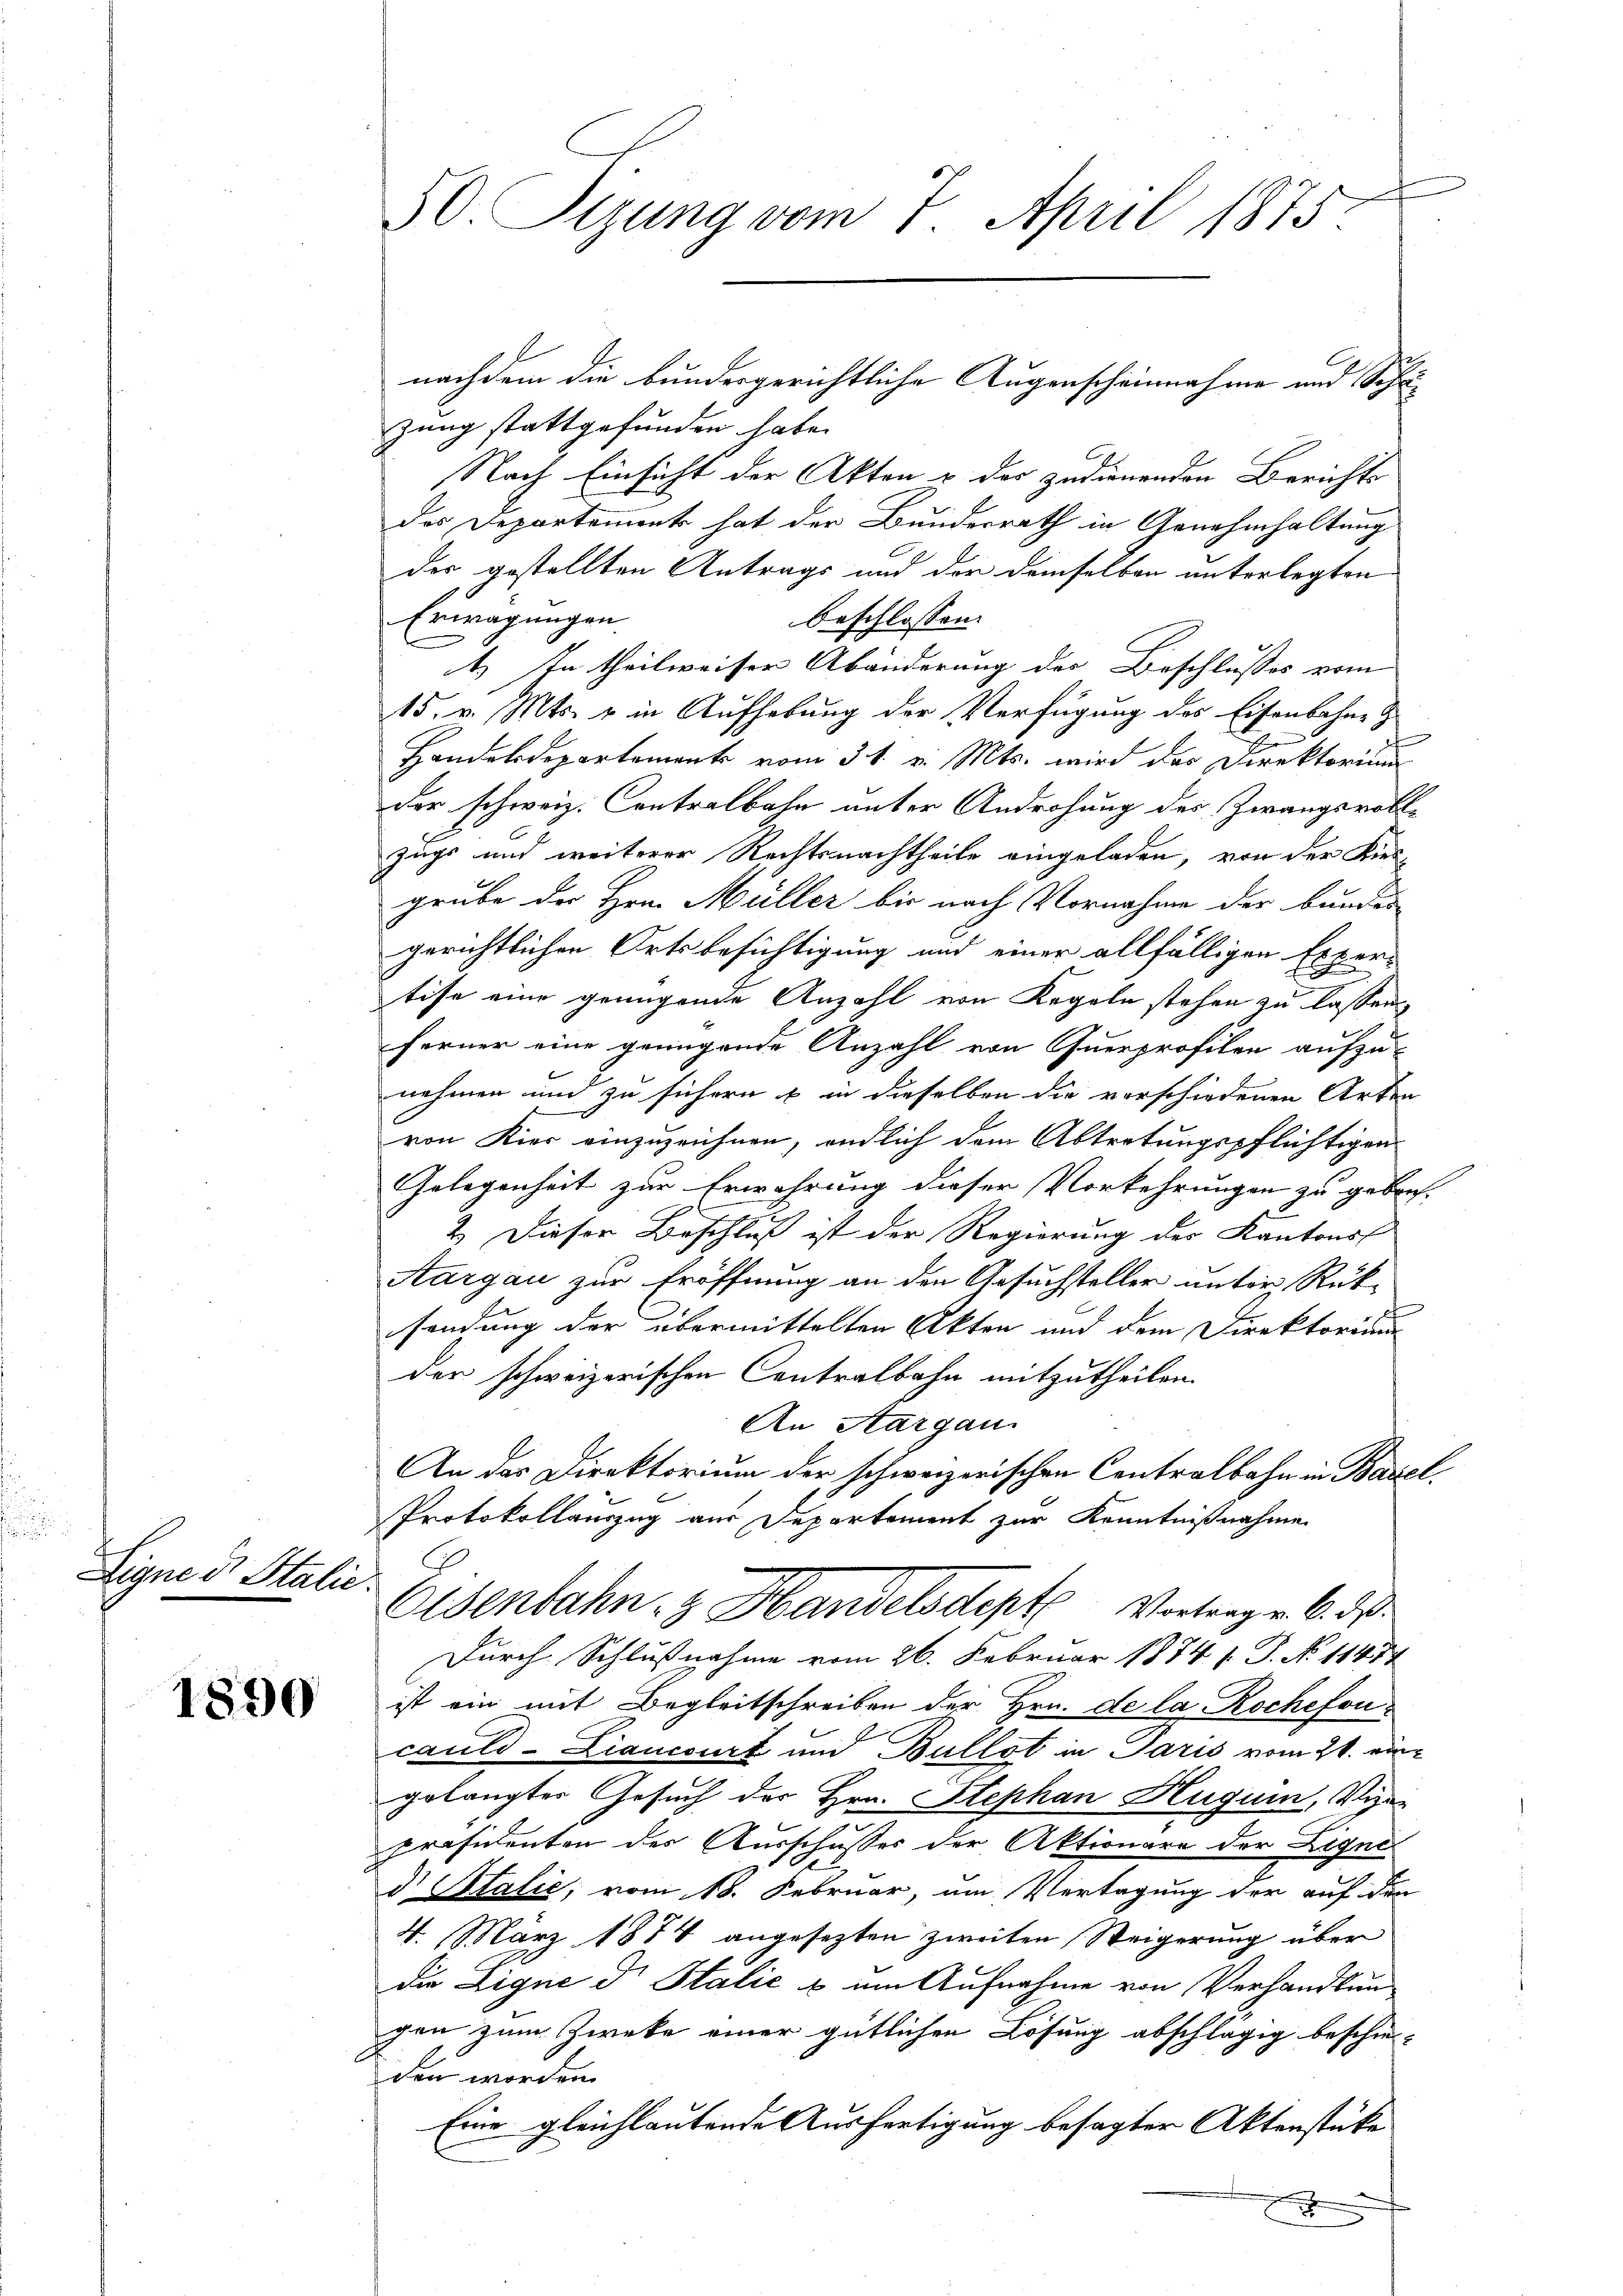
u
Eigne et Stalie.

1890

50. Sizung vom 7. April 1875.

zung stattgefunden habe.
Nach Einsicht der Akten u der zudienenden Berichts
des Departement hat der Bundesrath in Genehmhaltung
der gestellten Antrags und der demselben unterlegten
Erwägungen
beschlossen: |
t) in theilweiser Abänderung der Beschlusses vom
15. v. Mts. u in Aufhebung der Verfügung des Eisenbahne &
d
Handelsdepartement vom 31. v. Mts. wird das Direktorium
der schweiz. Contralbahn unter Androhung der Zwangsvoll-
zugs und weiterer Rechtsnachtheile eingeladen, von der Kiesgrube der Hrn. Müller bis nach Vornahme der Bunder
gerichtlichen Ortsbesichtigung und einer allfälligen Expertise eine grungende Anzahl von Kegeln stehen zu lassen
ferner eine genügende Anzahl von Querprofilen aufzu-
nehmen und zu sichern & in dieselben die verschiedenen Arten
von Kier einzuzeichnen, endlich dem Abtretungspflichtigen
Gelegenheit zur Erwährung dieser Vorkehrungen zu gebrach-
2.) Dieser Beschluß ist der Regierung des Kantons
Aargau zur Eröffnung an den Gesuchsteller unter Rück-
sendung der übermittelten Akten und dem Direktorium
der schweizerischen Contralbahn mitzutheilen.
An Aargau.
An das Direktorium der schweizerischen Contralbahn in Basel
Protokollauszug aus Departement zur Kenntnißnahme
Eisenbahn- & Handelsdept Vortrag v. 6. d.
Durch Schlußnahme vom 26. Februar 1874 s. S. No 11474
ist ein mit Begleitschreiben der Hrn. de la Rochefoncauld-Liancourt und Bullot in Paris vom 21. eingelangter Gesuch der Hrn. Stephan Hugum, Vize-
präsidenten des Ausschusses der Aktionare der Liquid Italić, vom 18. Februar, um Vertagung der auf der
4. März 1874 angesezten zweiten Weigerung über
die Eigne d. Stalić u. am Aufnahme von Verhandlung
gen zum Zwecke einer gütlichen Lösung abschlägig beschie-
den worden.
Eine gleichlautende Ausfertigung besagter Aktenstüke
F

nachdem die bundergerichtliche Augenscheinnahme und Schu- |